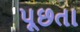
પૂછતા